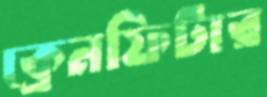
ক্রেনফিটার